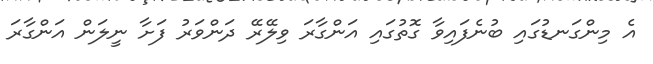
އެ މިންގަނޑުގައި ބުނެފައިވާ ގޮތުގައި އަންގާރަ ވިލޭރޭ ދަންވަރު ފަށާ ނީލަން އަންގާރަ